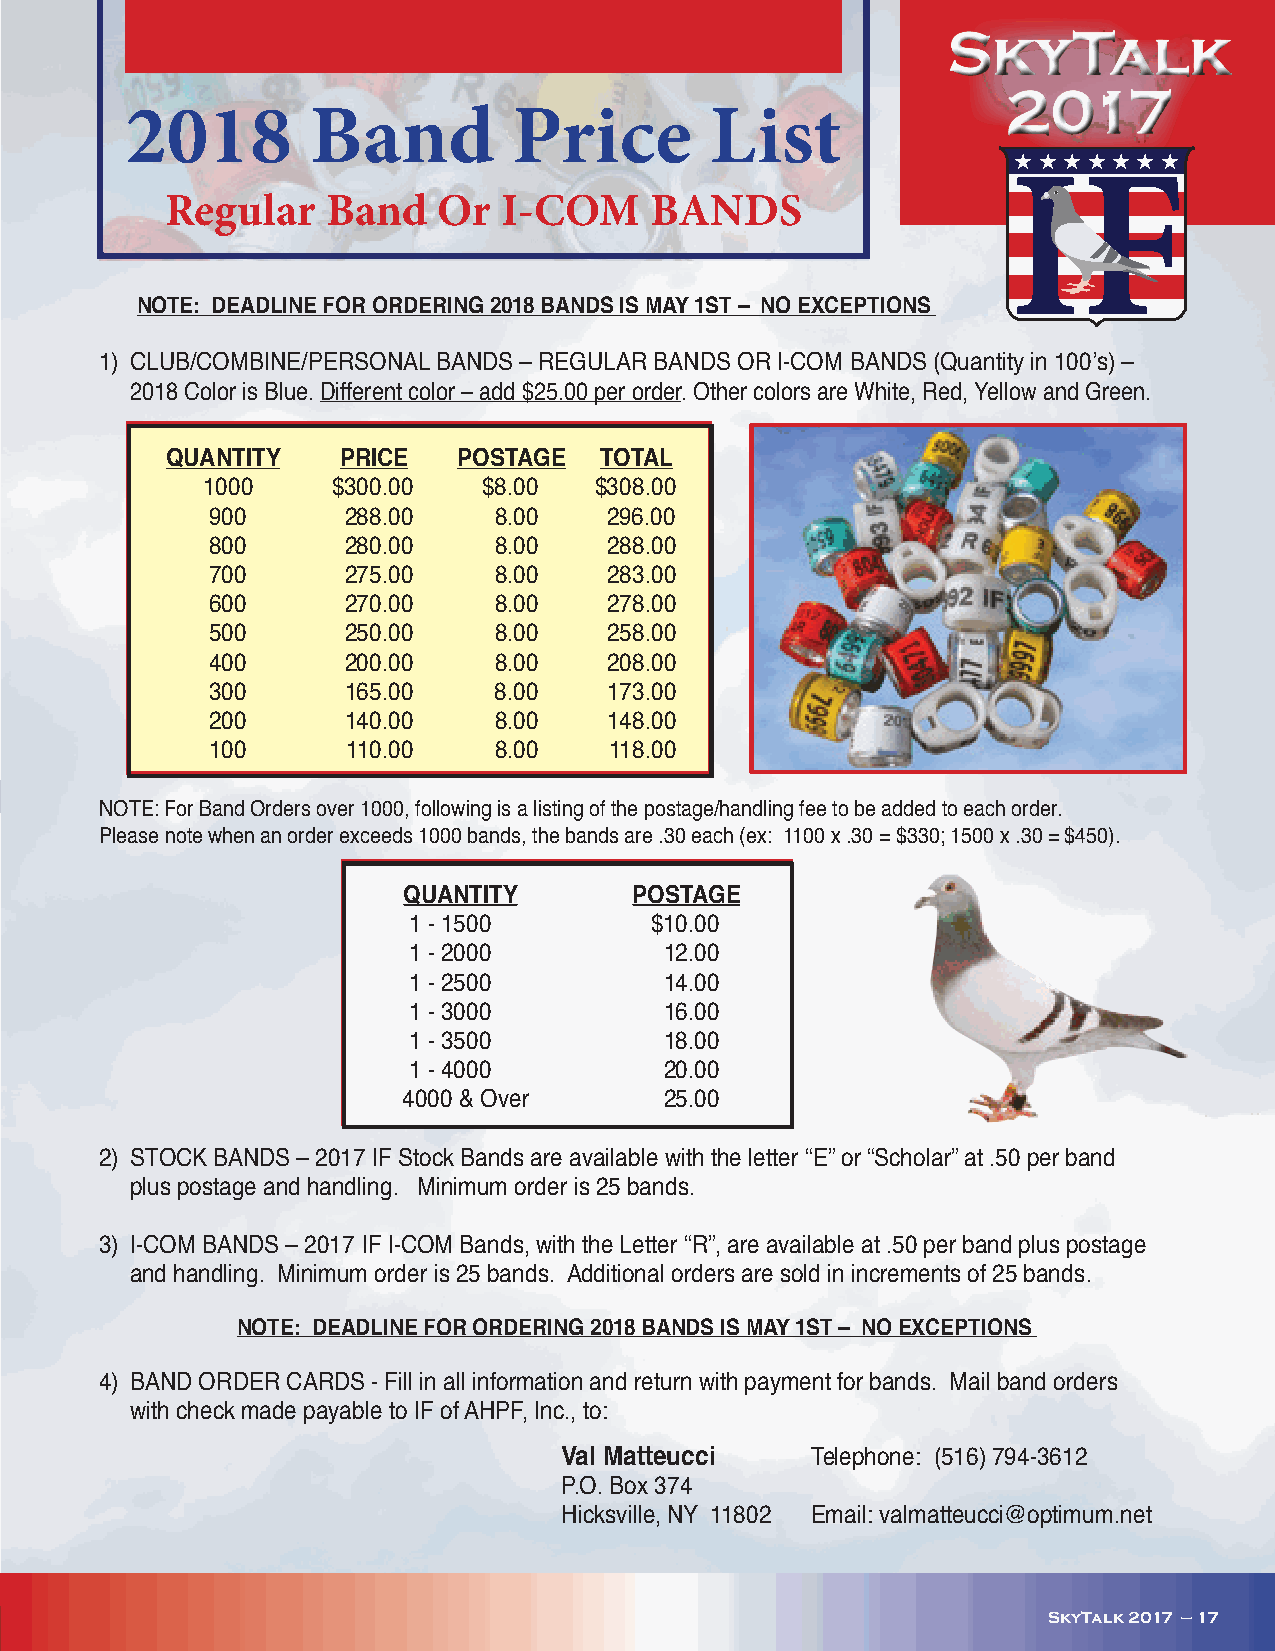
SkyTalk
 2017
 2018         Band         Price        List
 H H H H H H H
 Regular    Band   Or  I-COM     BANDS
 NOTE: DEADLINE FOR ORDERING 2018 BANDS IS MAY 1ST – NO EXCEPTIONS
 1) CLUB/COMBINE/PERSONAL BANDS – REGULAR BANDS OR I-COM BANDS (Quantity in 100’s) –
 2018 Color is Blue. Different color – add $25.00 per order. Other colors are White, Red, Yellow and Green.
 QUANTITY   PRICE   POSTAGE   TOTAL
 1000     $300.00   $8.00  $308.00
 900      288.00    8.00   296.00
 800      280.00    8.00   288.00
 700      275.00    8.00   283.00
 600      270.00    8.00   278.00
 500      250.00    8.00   258.00
 400      200.00    8.00   208.00
 300      165.00    8.00   173.00
 200      140.00    8.00   148.00
 100      110.00    8.00   118.00
 NOTE: For Band Orders over 1000, following is a listing of the postage/handling fee to be added to each order.
 Please note when an order exceeds 1000 bands, the bands are .30 each (ex: 1100 x .30 = $330; 1500 x .30 = $450).
 QUANTITY       POSTAGE
 1 - 1500        $10.00
 1 - 2000         12.00
 1 - 2500         14.00
 1 - 3000         16.00
 1 - 3500         18.00
 1 - 4000         20.00
 4000 & Over      25.00
 2) STOCK BANDS – 2017 IF Stock Bands are available with the letter “E” or “Scholar” at .50 per band
 plus postage and handling. Minimum order is 25 bands.
 3) I-COM BANDS – 2017 IF I-COM Bands, with the Letter “R”, are available at .50 per band plus postage
 and handling. Minimum order is 25 bands. Additional orders are sold in increments of 25 bands.
 NOTE: DEADLINE FOR ORDERING 2018 BANDS IS MAY 1ST – NO EXCEPTIONS
 4) BAND ORDER CARDS - Fill in all information and return with payment for bands. Mail band orders
 with check made payable to IF of AHPF, Inc., to:
 Val Matteucci    Telephone: (516) 794-3612
 P.O. Box 374
 Hicksville, NY 11802 Email: valmatteucci@optimum.net
 SkyTalk 2017 — 17